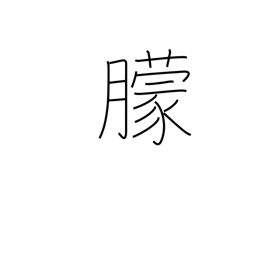
Meaning: obscure